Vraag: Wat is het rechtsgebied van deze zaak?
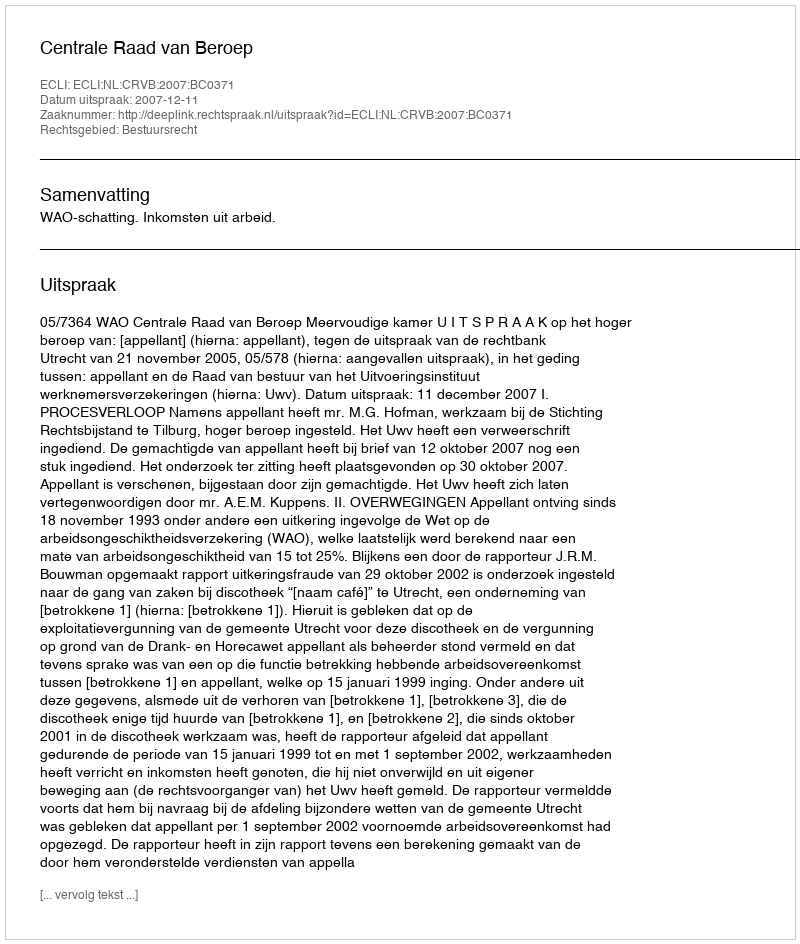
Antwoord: Bestuursrecht